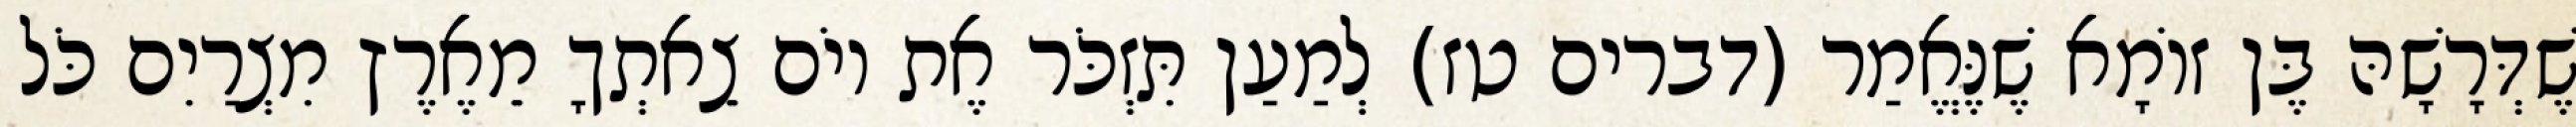
שֶׁדְּרָשָׁהּ בֶּן זוֹמָא שֶׁנֶּאֱמַר (דברים טז) לְמַעַן תִּזְכֹּר אֶת יוֹם צֵאתְךָ מֵאֶרֶץ מִצְרַיִם כֹּל